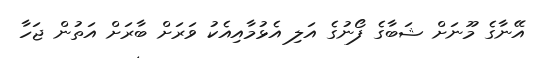
އޭނާގެ މޫނަށް ޝަބާގެ ފޯނުގެ އަލި އެޅުމާއިއެކު ވަރަށް ބާރަށް އަތުން ޖަހާ